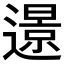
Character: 𨗈